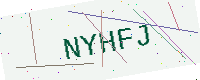
Text: NYHFJ